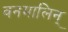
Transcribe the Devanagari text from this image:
वनमालिन्